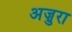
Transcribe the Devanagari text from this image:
अज़ुरा